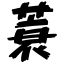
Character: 蓑